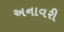
અનાવરી